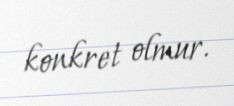
konkret olmur.